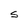
Character: S